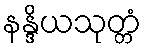
နန္ဒိယသုတ္တံ